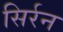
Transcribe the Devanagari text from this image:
सिर्रन